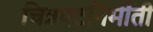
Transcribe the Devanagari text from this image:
चित्रपटनिर्मीती